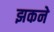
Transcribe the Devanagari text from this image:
झकने